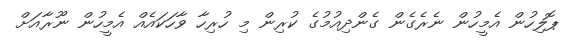
ޕޮލިހުން އެމީހުން ނެރެގެން ގެންދިއުމުގެ ކުރިން މި ހުރިހާ ވާހަކައެއް އެމީހުން ނޫރާއަށް